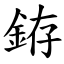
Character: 銌